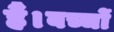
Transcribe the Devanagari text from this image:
हैं।बच्चों